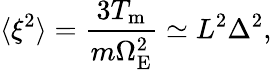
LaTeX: \langle\xi^{2}\rangle=\frac{3T_{\mathrm{m}}}{m\Omega_{\mathrm{E}}^{2}}\simeq L^{2}\Delta^{2},